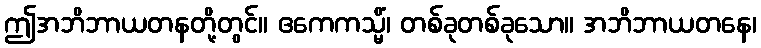
ဤအဘိဘာယတနတို့တွင်။ ဧကေကသ္မိံ၊ တစ်ခုတစ်ခုသော။ အဘိဘာယတနေ၊